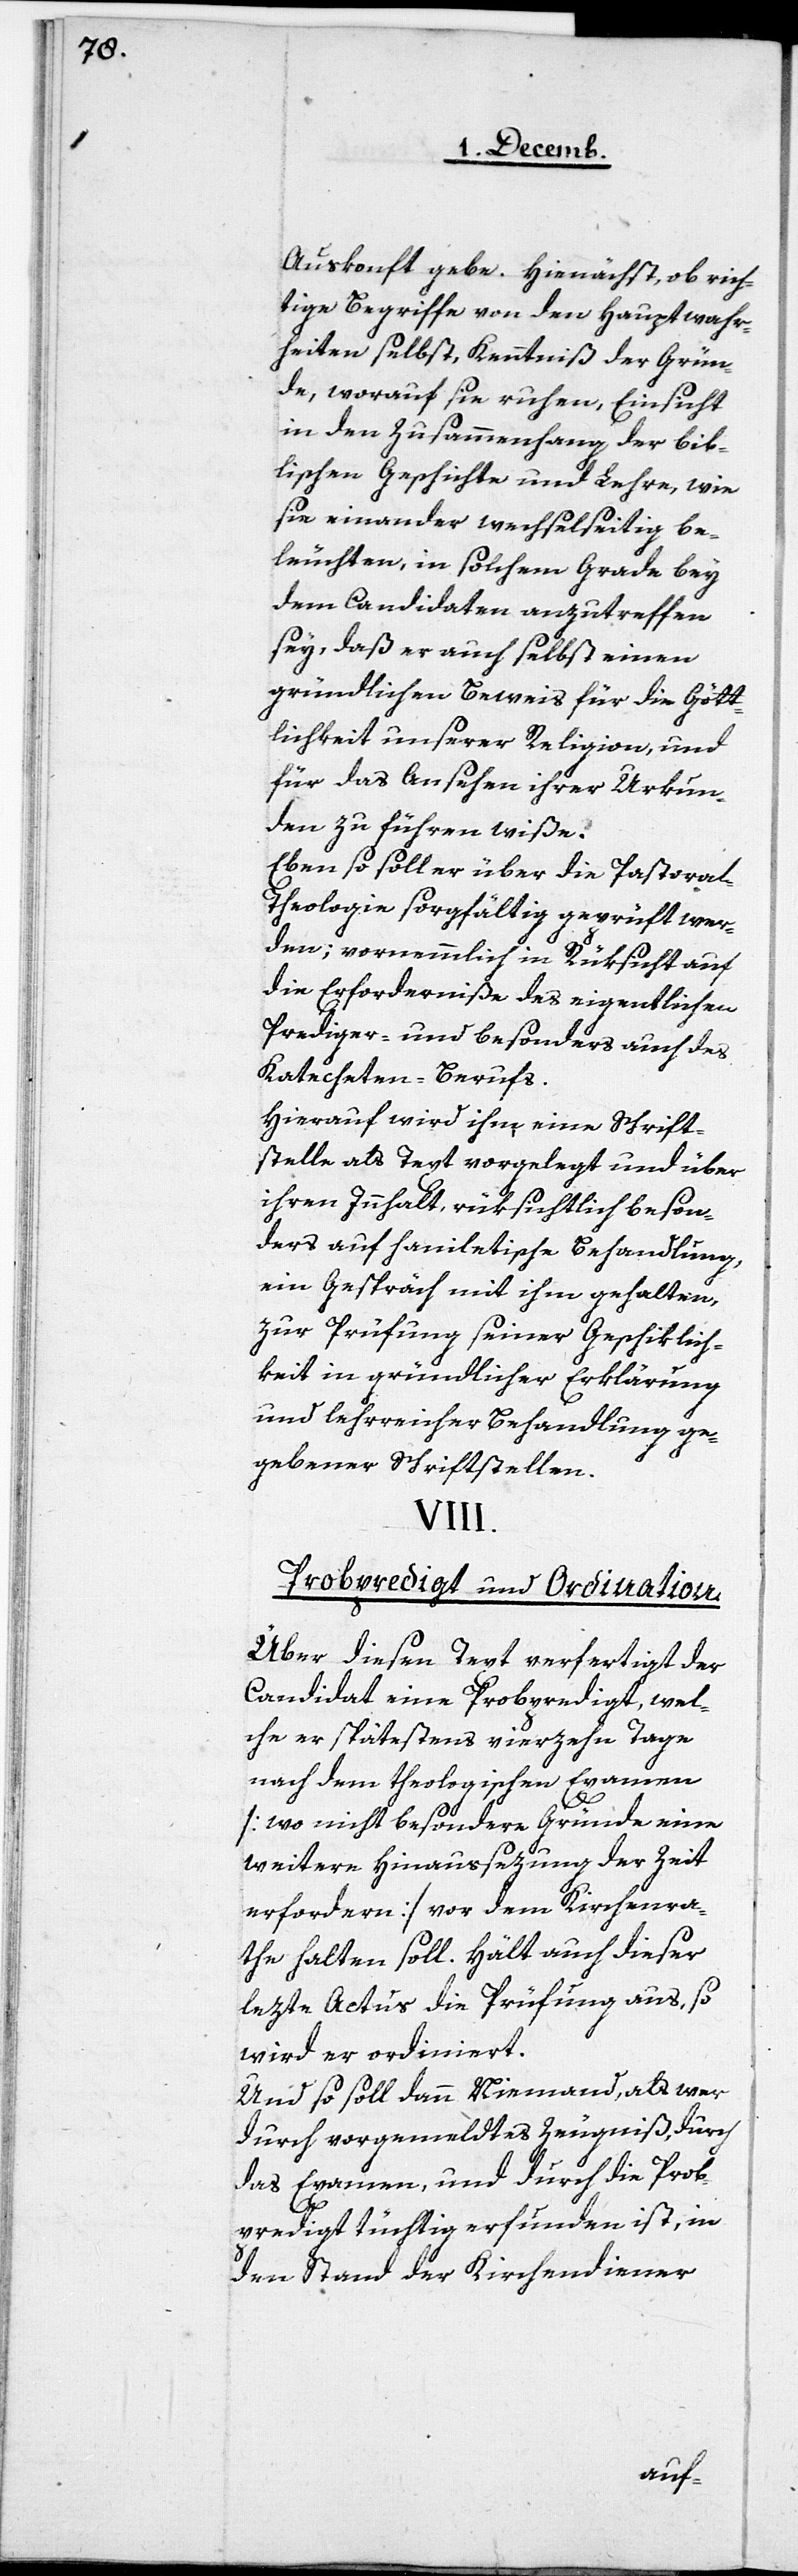
Auskonft gebe. Hienächst, ob rich¬
tige Begriffe von den Hauptwahr¬
heiten selbst, Kenntniß der Grün¬
de, worauf sie ruhen, Einsicht
in den Zusammenhang der bib¬
lischen Geschichte und Lehre, wie
sie einander wechselseitig be¬
leuchten, in solchem Grade bey
dem Candidaten anzutreffen
sey, daß er auch selbst einen
gründlichen Beweis für die Gött¬
lichkeit unserer Religion, und
für das Ansehen ihrer Urkun¬
den zu führen wiße.
Eben so soll er über die Pastoral-T¬
heologie sorgfältig geprüft wer¬
den; vornemmlich in Rüksicht auf
die Erforderniße des eigentlichen
Prediger- und besonders auch des
Katecheten-Berufs.
Hierauf wird ihm eine Schrift¬
stelle als Text vorgelegt und über
ihren Innhalt, rüksichtlich beson¬
ders auf haniletische Behandlung,
ein Gespräch mit ihm gehalten,
zur Prüfung seiner Geschiklich¬
keit in gründlicher Erklärung
und lehrreicher Behandlung ge¬
gebener Schriftstellen.
VIII.
Probepredigt und Ordination.
Über diesen Text verfertigt der
Candidat eine Probpredigt, wel¬
che er spätestens vierzehn Tage
nach dem theologischen Examen
[wo nicht besondere Gründe einen
weitere Hinaussezung der Zeit
erfordere] vor dem Kirchra¬
the halten soll. Hält auch dieser
lezte Actus die Prüfung aus, so
wird er ordniniert.
Und so soll dann Niemand, als wer
durch vorgemeldtes Zeugniß, durch
das Examen, und durch die Prob¬
predigt tüchtig erfunden ist, in
den Stand der Kirchendiener